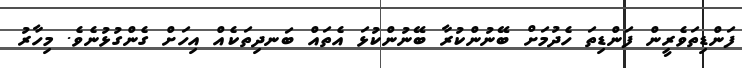
ފަންޑިތަވެރީން ފަންޑިތަ ހެދުމަށް ބޭނުންކުރާ ބޭނުންކުޅަ އެތައް ބަނދިތަކެއް އިހަށް ގެންގުޅުނެވެ. މިހާރު